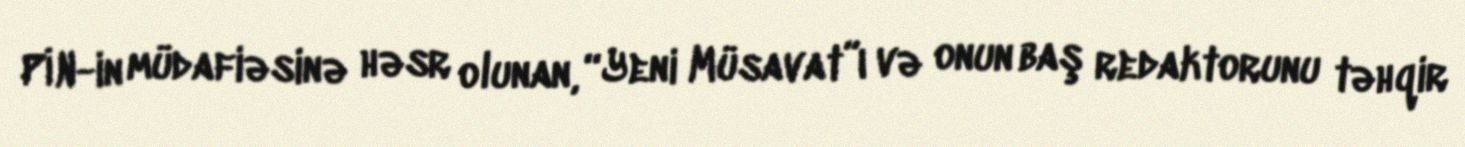
PİN-in müdafiəsinə həsr olunan, “Yeni Müsavat”ı və onun baş redaktorunu təhqir